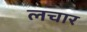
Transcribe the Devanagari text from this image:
लचार